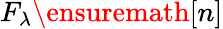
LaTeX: F_{\lambda}\ensuremath{[n]}